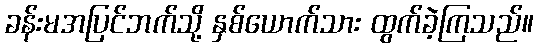
ခန်းမအပြင်ဘက်သို့ နှစ်ယောက်သား ထွက်ခဲ့ကြသည်။